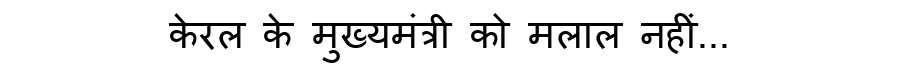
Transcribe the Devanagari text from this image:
केरल के मुख्यमंत्री को मलाल नहीं...